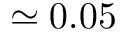
\simeq 0 . 0 5